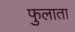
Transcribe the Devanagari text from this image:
फुलाता